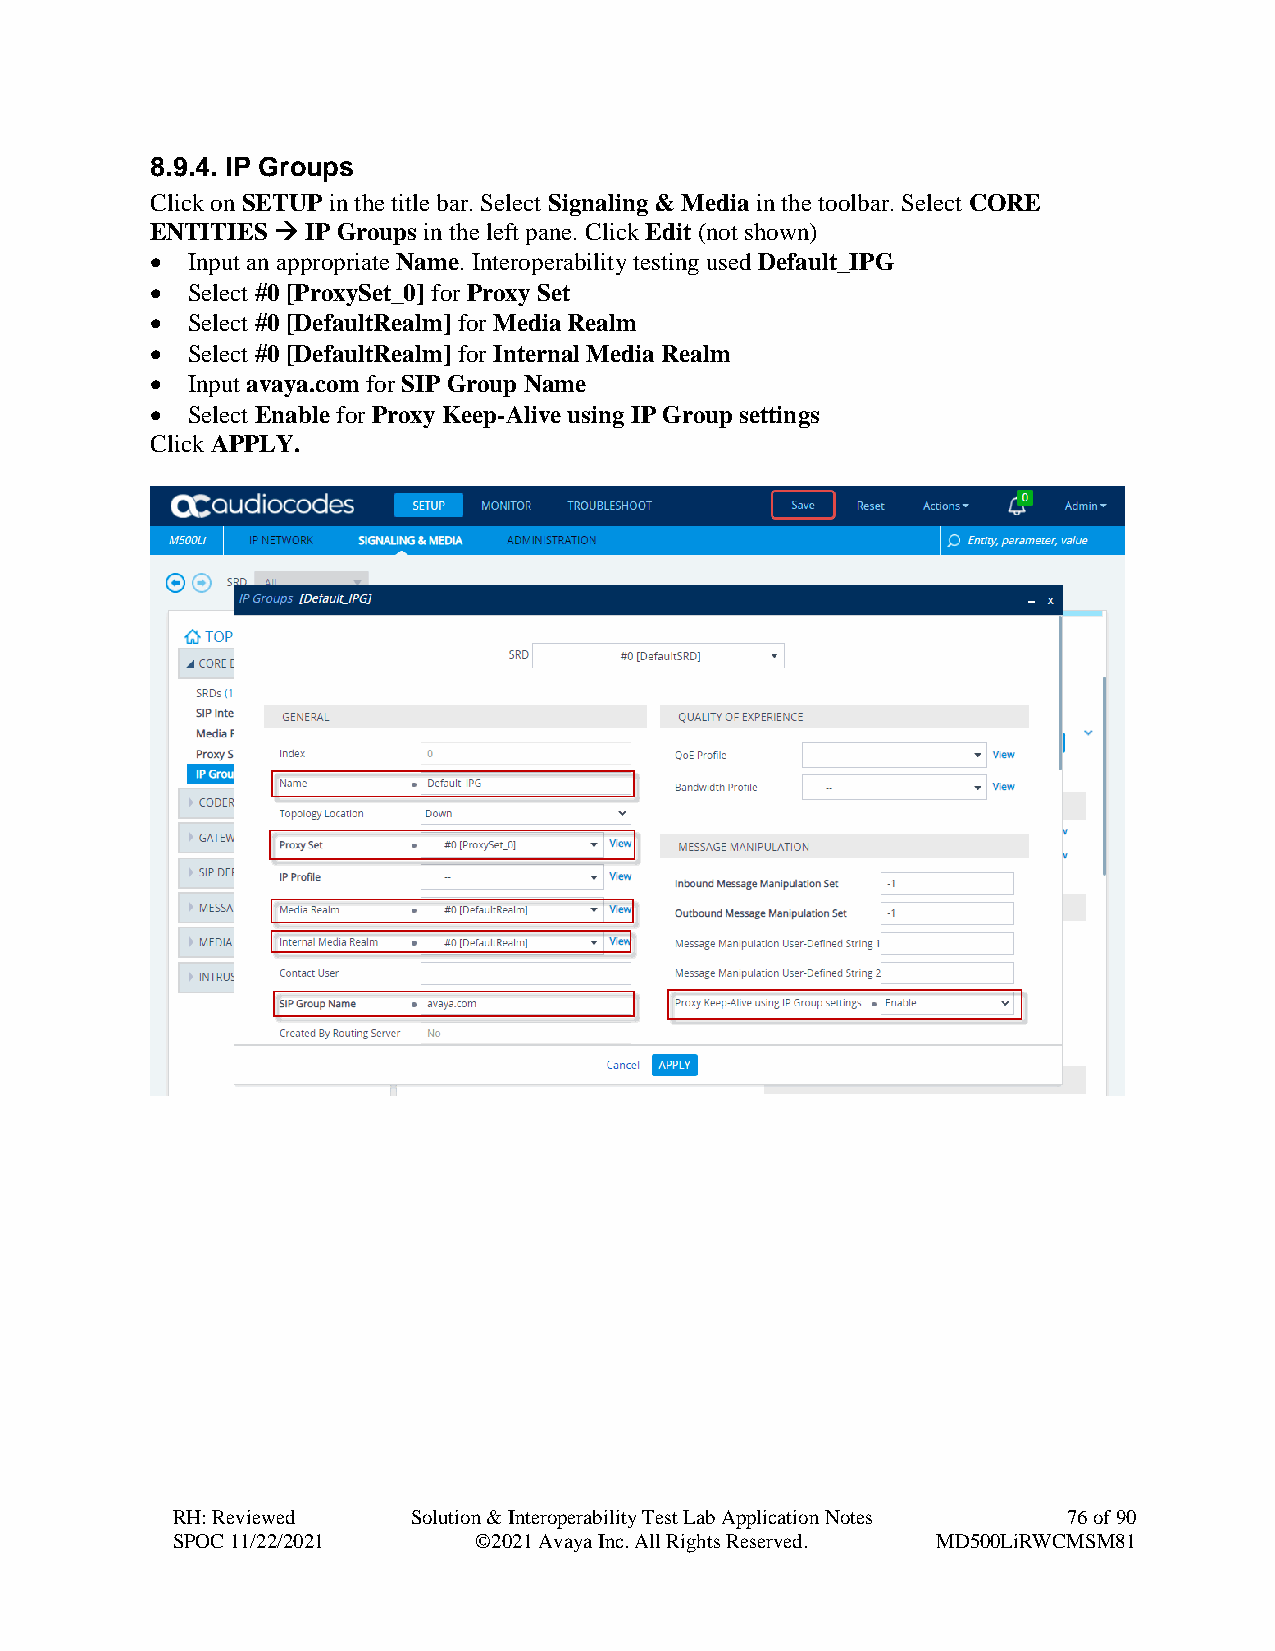
8.9.4. IP Groups
 Click on SETUP in the title bar. Select Signaling & Media in the toolbar. Select CORE
 ENTITIES → IP Groups in the left pane. Click Edit (not shown)
 • Input an appropriate Name. Interoperability testing used Default_IPG
 • Select #0 [ProxySet_0] for Proxy Set
 • Select #0 [DefaultRealm] for Media Realm
 • Select #0 [DefaultRealm] for Internal Media Realm
 • Input avaya.com for SIP Group Name
 • Select Enable for Proxy Keep-Alive using IP Group settings
 Click APPLY.
 RH: Reviewed    Solution & Interoperability Test Lab Application Notes 76 of 90
 SPOC 11/22/2021     ©2021 Avaya Inc. All Rights Reserved. MD500LiRWCMSM81